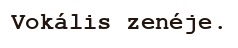
Vokális zenéje.